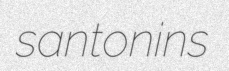
santonins